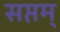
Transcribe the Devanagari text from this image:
सप्तम्‌